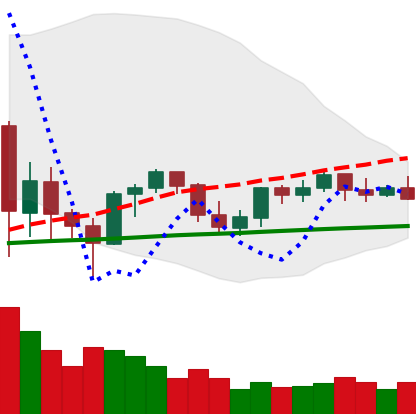
Ticker: ETH-USD
Chart end date: 2021-06-07
Forward return: -8.408%
Label: down_7plus